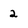
Character: 2